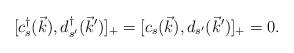
LaTeX: \begin{align*}[c_s^\dag (\vec{k}), d^\dag_{s^\prime}(\vec{k}^\prime)]_+= [c_s (\vec{k}), d_{s^\prime}(\vec{k}^\prime)]_+=0.\end{align*}